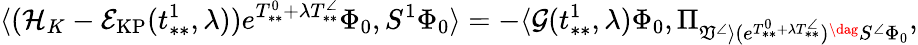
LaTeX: \langle(\mathcal{H}_{K}-\mathcal{E}_{\mathrm{KP}}(t_{**}^{1},\lambda))e^{T_{**}^{0}+\lambda T_{**}^{\angle}}\Phi_{0},S^{1}\Phi_{0}\rangle=-\langle\mathcal{G}(t_{**}^{1},\lambda)\Phi_{0},\Pi_{\mathfrak{V}^{\angle}\rangle(e^{T_{**}^{0}+\lambda T_{**}^{\angle}})^{\dag}S^{\angle}\Phi_{0}},